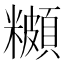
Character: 𬖾